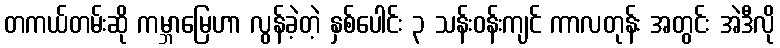
တကယ်တမ်းဆို ကမ္ဘာမြေဟာ လွန်ခဲ့တဲ့ နှစ်ပေါင်း ၃ သန်းဝန်းကျင် ကာလတုန်း အတွင်း အဲဒီလို